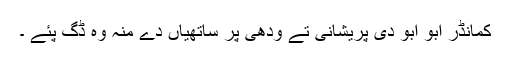
کمانڈر ابو ابو دی پریشانی تے ودھی پر ساتھیاں دے منہ وہ ڈگ پئے ۔